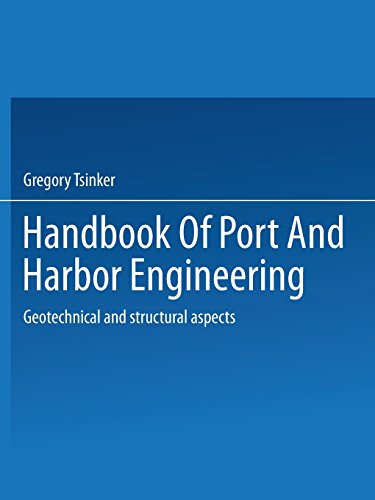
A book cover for Handbook of Port and Harbor Engineering: Geotechnical and Structural Aspects; Gregory Tsinker; Engineering & Transportation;